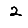
Digit: 2